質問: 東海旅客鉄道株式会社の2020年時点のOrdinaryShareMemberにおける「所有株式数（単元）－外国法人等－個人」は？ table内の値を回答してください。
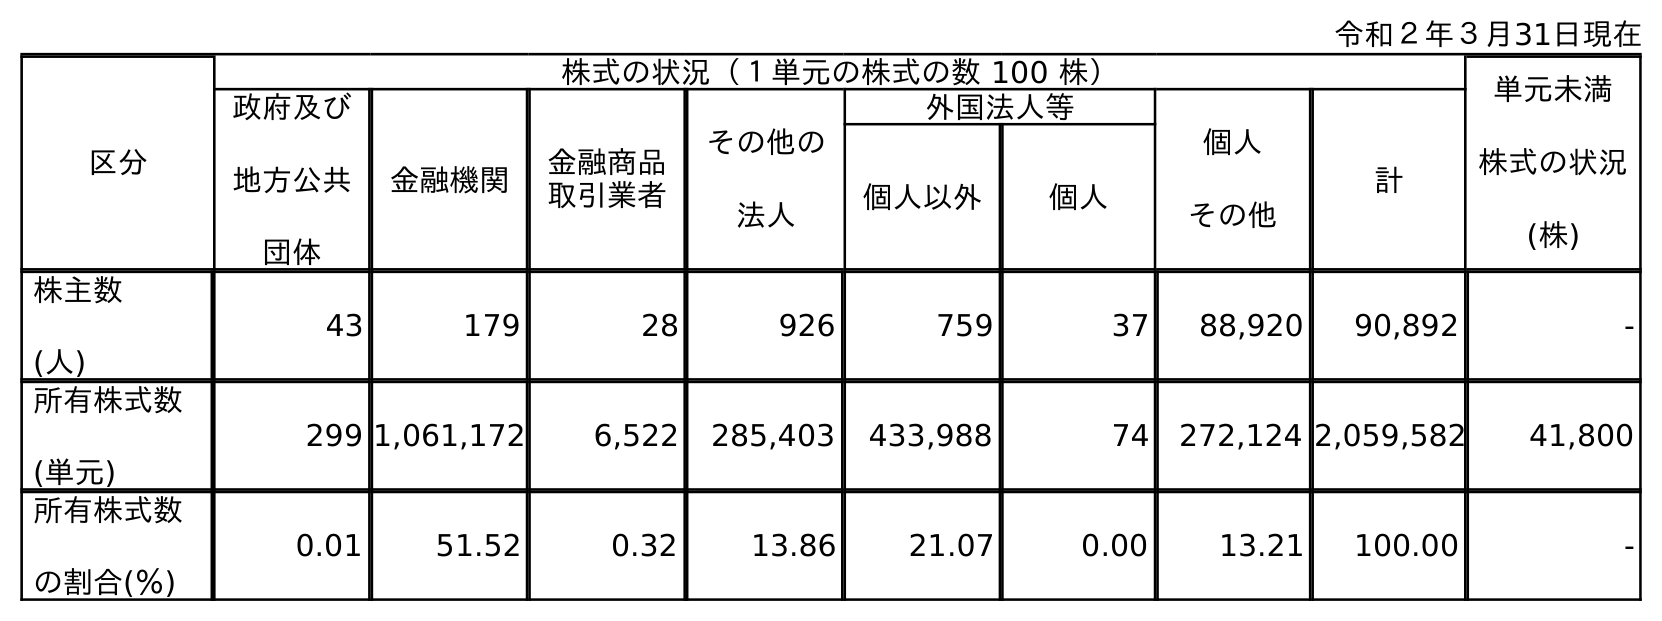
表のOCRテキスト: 令和２年３月31日現在 区分 株式の状況（１単元の株式の数 100 株） 単元未満 株式の状況 (株) 政府及び 地方公共 団体 金融機関 金融商品 取引業者 その他の 法人 外国法人等 個人 その他 計 個人以外 個人 株主数 (人) 43 179 28 926 759 37 88,920 90,892 - 所有株式数 (単元) 299 1,061,172 6,522 285,403 433,988 74 272,124 2,059,582 41,800 所有株式数 の割合(％) 0.01 51.52 0.32 13.86 21.07 0.00 13.21 100.00 -
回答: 74